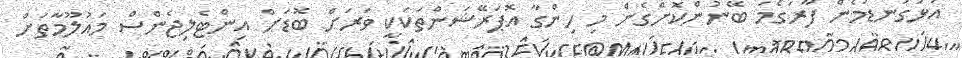
އަޅުގަނޑުމެން ފާރަގެމަ ބޭނުންކޮށްގެން މި ހިންގާ އޮޕަރޭޝަންތަކަކީ ވަރަށް ބޮޑަށް އިންޓެލިޖެންސް މައުލޫމާތަށް